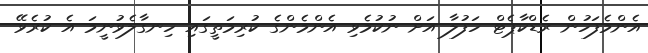
އެންމެފަހުން ރެޑްކާޕެޓް ހަފުލާ އަށް ނުކުމެވި އެންމެންގެ ކުރިމަތީގައި ހިނގާލެވުނީމަ އެ ކުރެވޭ